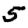
Digit: 5